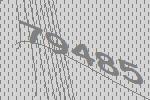
79485